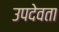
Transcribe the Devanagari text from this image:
उपदेवता